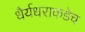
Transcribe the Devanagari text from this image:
धैर्यधराकडेच